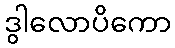
ဒွါလောပိကော